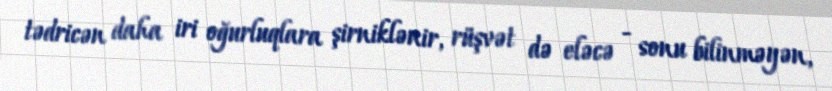
tədricən daha iri oğurluqlara şirniklənir, rüşvət də eləcə - sonu bilinməyən,